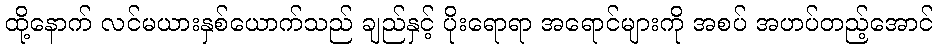
ထို့နောက် လင်မယားနှစ်ယောက်သည် ချည်နှင့် ပိုးရောရာ အရောင်များကို အစပ် အဟပ်တည့်အောင်